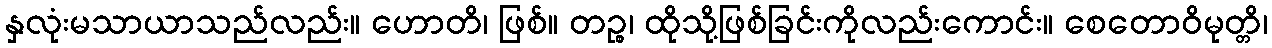
နှလုံးမသာယာသည်လည်း။ ဟောတိ၊ ဖြစ်။ တဉ္စ၊ ထိုသို့ဖြစ်ခြင်းကိုလည်းကောင်း။ စေတောဝိမုတ္တိ၊